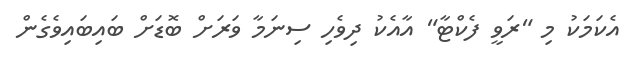
އެކަމަކު މި "ރަވީ ފެކްޓާ" އާއެކު ދިވެހި ސިނަމާ ވަރަށް ބޮޑަށް ބައިބައިވެގެން